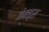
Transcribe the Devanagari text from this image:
जेनड्स